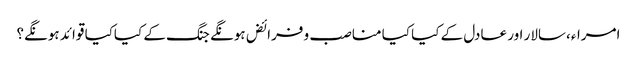
امراء،سالار اور عادل کے کیا کیا مناصب و فرائض ہونگے جنگ کے کیاکیا قوائد ہونگے؟